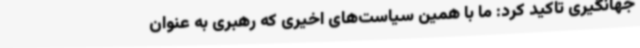
جهانگیری تاکید کرد: ما با همین سیاست‌های اخیری که رهبری به عنوان